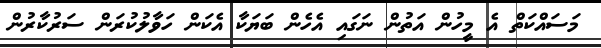
މަސައްކަތް އެ މީހުން އަތުން ނަގައި އެހެން ބަޔަކާ އެކަން ހަވާލުކުރަން ސަރުކާރުން